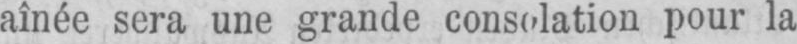
aînée sera une grande consolation pour la